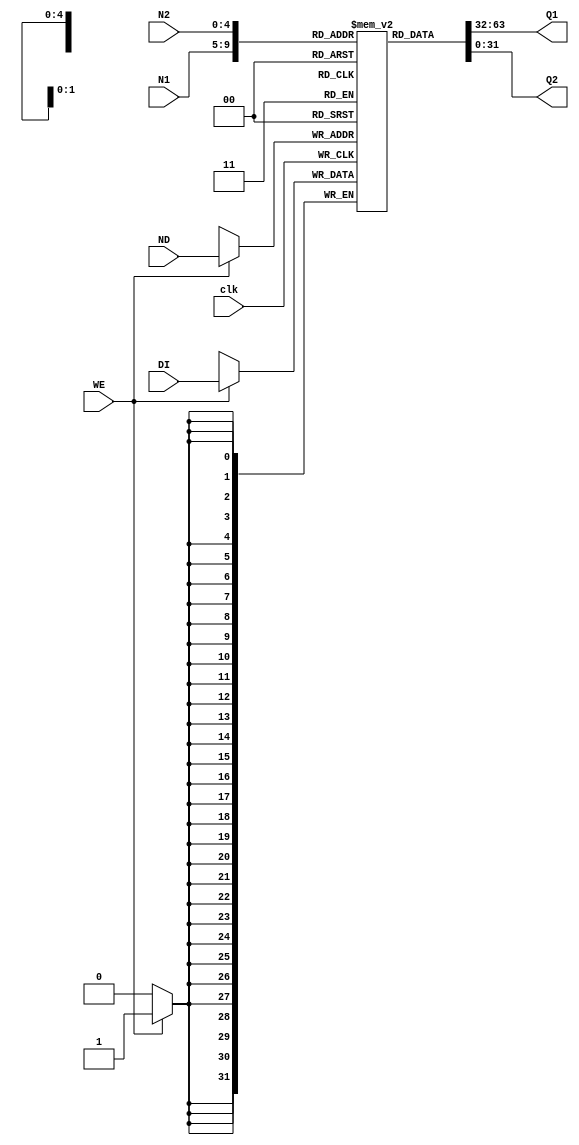
module Regfile(N1, N2, ND, DI, clk, WE, Q1, Q2);
	input[4:0] N1;
	input[4:0] N2;
	input[4:0] ND;
	input[31:0] DI;
	input clk;
	input WE;
	output [31:0] Q1;
	output [31:0] Q2;

	integer i = 0;


	//
	reg[31:0] register[31:0];


	initial
	begin
		for (i = 0; i<32;i = i+1)begin
			register[i] = 1;
		end	
	end


	assign Q1 = register[N1];
	assign Q2 = register[N2];


	integer ii = 0;
	//
	always @(negedge clk) begin
		$display("Regfile: negedge");
		if (WE) begin
			register[ND] = DI;
			ii = ii + 1;
			$display("Regfile: ND is %b, register[ND] is %b", ND, register[ND]);	
		end
	end
endmodule